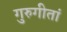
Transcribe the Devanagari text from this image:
गुरुगीतां